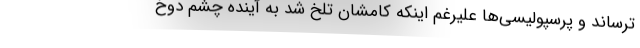
ترساند و پرسپولیسی‌ها علیرغم اینکه کامشان تلخ شد به آینده چشم دوخ